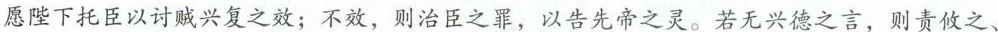
愿陛下托臣以讨贼兴复之效；不效，则治臣之罪，以告先帝之灵。若无兴德之言，则责攸之、